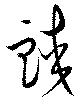
蛟